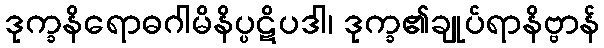
ဒုက္ခနိရောဓဂါမိနိပ္ပဋိပဒါ၊ ဒုက္ခ၏ချုပ်ရာနိဗ္ဗာန်